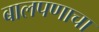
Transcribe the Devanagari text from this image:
बालपणाचा